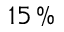
1 5 \, \%